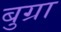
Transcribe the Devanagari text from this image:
बुग्रा